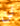
لن